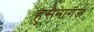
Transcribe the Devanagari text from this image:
हुसैनागंज